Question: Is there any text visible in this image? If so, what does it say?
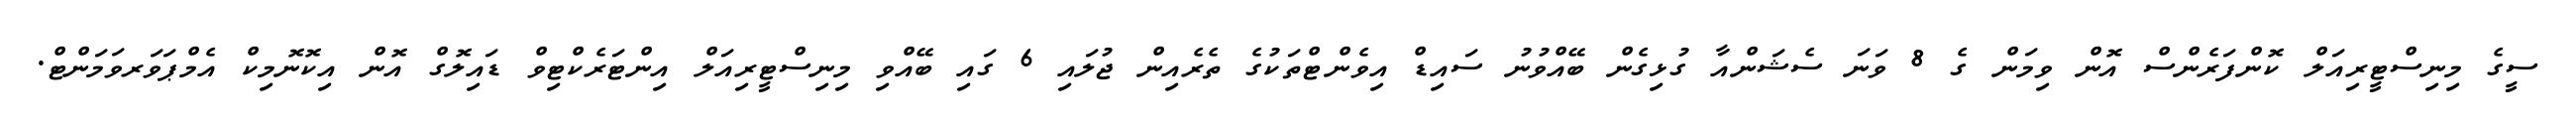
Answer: ސީގެ މިނިސްޓީރިއަލް ކޮންފަރެންސް އޮން ވިމަން ގެ 8 ވަނަ ސެޝަންއާ ގުޅިގެން ބޭއްވުނު ސައިޑް އިވެންޓްތަކުގެ ތެރެއިން ޖުލައި 6 ގައި ބޭއްވި މިނިސްޓީރިއަލް އިންޓަރެކްޓިވް ޑައިލޮގް އޮން އިކޮނޮމިކް އެމްޕަވަރވަމަންޓް.